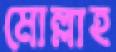
মোল্লাহ